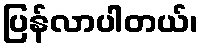
ပြန်လာပါတယ်၊